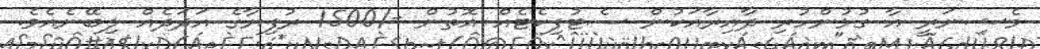
މެޝިނަރީ އާ ގުޅުންހުރި ދާއިރާއަކުން ސެޓުފިކެޓެއް އޮތުން -/1500 ރުފިޔާގެ އަދަދެއް ލިބޭނެއެވެ.